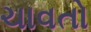
ચાવતો